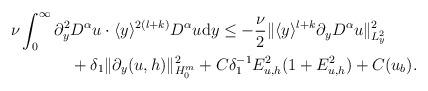
LaTeX: \begin{align*}\begin{aligned}\nu \int_0^\infty \partial_y^2& D^\alpha u\cdot \langle y \rangle^{2(l+k)}D^\alpha u\mathrm{d}y\leq -\frac{\nu}{2}\Vert \langle y\rangle^{l+k}\partial_yD^\alpha u\Vert_{L^2_y}^2\\&+\delta_1\Vert \partial_y (u,h)\Vert_{H^m_0}^2+C\delta_1^{-1} E_{u,h}^2(1+E_{u,h}^2)+C(u_b).\end{aligned}\end{align*}